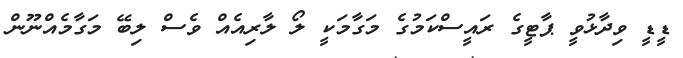
ޑީޑީ ވިދާޅުވީ ޕާޓީގެ ރައީސްކަމުގެ މަގާމަކީ ލޯ ލާރިއެއް ވެސް ލިބޭ މަގާމެއްނޫން